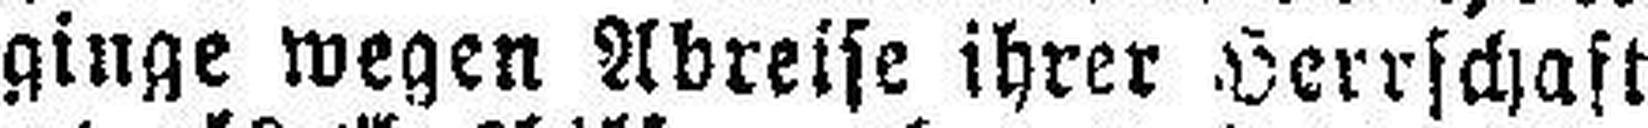
ginge wegen Abreise ihrer Herrschaft